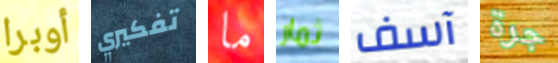
أوبرا تفكيري ما ثمار آسف جرة